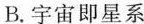
B.宇宙即星系